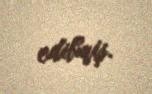
edibmiş.